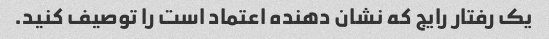
یک رفتار رایج که نشان دهنده اعتماد است را توصیف کنید.